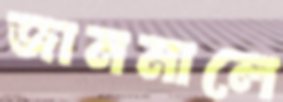
জানমালে